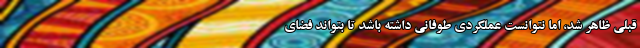
قبلی ظاهر شد، اما نتوانست عملکردی طوفانی داشته باشد تا بتواند فضای